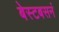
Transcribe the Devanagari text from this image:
बेस्टबसनं